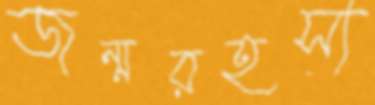
জন্মরহস্য